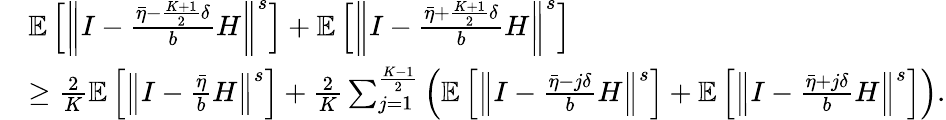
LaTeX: \begin{array}{rl}&{\mathbb{E}\left[\left\Vert I-\frac{\bar{\eta}-\frac{K+1}{2}\delta}{b}H\right\Vert^{s}\right]+\mathbb{E}\left[\left\Vert I-\frac{\bar{\eta}+\frac{K+1}{2}\delta}{b}H\right\Vert^{s}\right]}\\ &{\geq\frac{2}{K}\mathbb{E}\left[\left\Vert I-\frac{\bar{\eta}}{b}H\right\Vert^{s}\right]+\frac{2}{K}\sum_{j=1}^{\frac{K-1}{2}}\left(\mathbb{E}\left[\left\Vert I-\frac{\bar{\eta}-j\delta}{b}H\right\Vert^{s}\right]+\mathbb{E}\left[\left\Vert I-\frac{\bar{\eta}+j\delta}{b}H\right\Vert^{s}\right]\right).}\end{array}